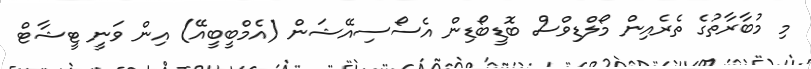
މި މުބާރާތުގެ ތެރެއިން މޯލްޑިވްސް ބޮޑީބޯޑިން އެސޯސިއޭޝަން (އެމްބީބީއޭ) އިން ވަނީ ޓީޝާޓް